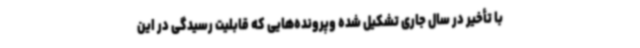
با تأخیر در سال جاری تشکیل شده وپرونده‌هایی که قابلیت رسیدگی در این